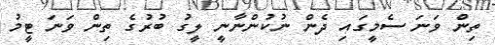
ތިން ވަނަ ސެމީގައި ދެން ނުކުންނާނީ ލީގު ބުރުގެ ތިން ވަނަ ޓީމު